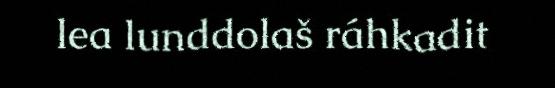
lea lunddolaš ráhkadit